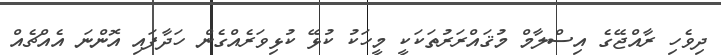
ދިވެހި ރާއްޖޭގެ އިސްލާމް މުޤައްރަރުތަކަކީ މީހަކު ކުޅޭ ކުޅިވަރެއްގެން ހަދާފައި އޮންނަ އެއްޗެއް